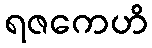
ရဇကေဟိ